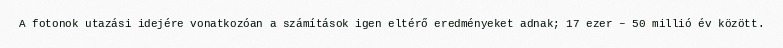
A fotonok utazási idejére vonatkozóan a számítások igen eltérő eredményeket adnak; 17 ezer – 50 millió év között.